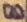
Text: 8